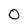
Character: o